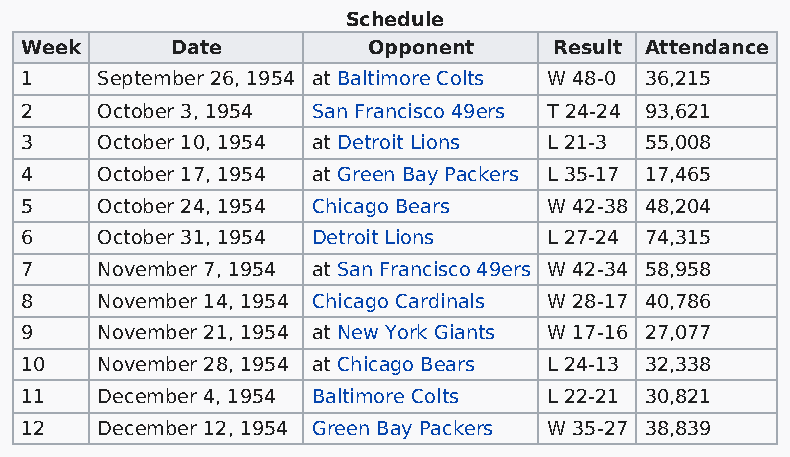
Schedule
 Week      Date         Opponent     Result Attendance
 1    September 26, 1954 at Baltimore Colts W 48-0 36,215
 2    October 3, 1954 San Francisco 49ers T 24-24 93,621
 3    October 10, 1954 at Detroit Lions L 21-3 55,008
 4    October 17, 1954 at Green Bay Packers L 35-17 17,465
 5    October 24, 1954 Chicago Bears W 42-38 48,204
 6    October 31, 1954 Detroit Lions L 27-24 74,315
 7    November 7, 1954 at San Francisco 49ers W 42-34 58,958
 8    November 14, 1954 Chicago Cardinals W 28-17 40,786
 9    November 21, 1954 at New York Giants W 17-16 27,077
 10   November 28, 1954 at Chicago Bears L 24-13 32,338
 11   December 4, 1954 Baltimore Colts L 22-21 30,821
 12   December 12, 1954 Green Bay Packers W 35-27 38,839